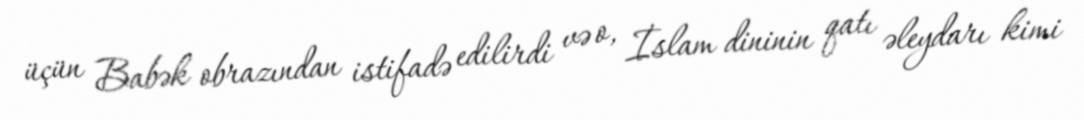
üçün Babək obrazından istifadə edilirdi və o, İslam dininin qatı əleydarı kimi